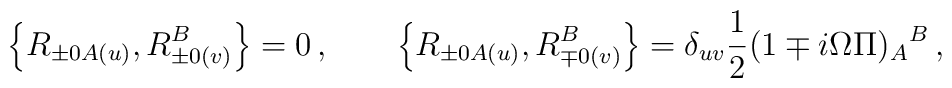
\left\{R_{\pm 0A(u)},R_{\pm 0(v)}^B\right\}=0\,,\qquad\left\{R_{\pm 0A(u)},R_{\mp 0(v)}^B\right\}=\delta_{uv}\frac{1}{2}(1\mp i\Omega\Pi)_A{}^B\,,